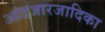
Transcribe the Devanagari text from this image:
आंडजारजादिका